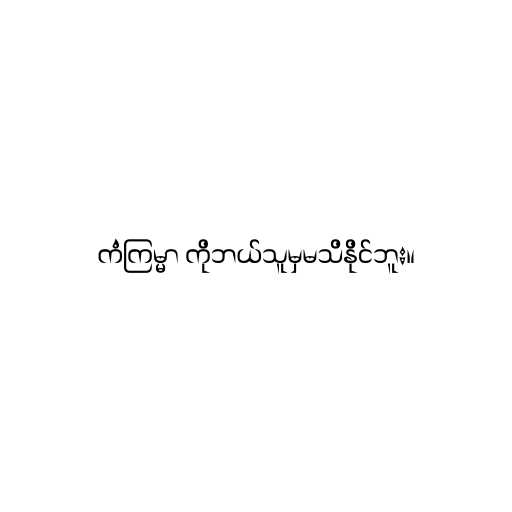
ကံကြမ္မာ ကိုဘယ်သူမှမသိနိုင်ဘူး။